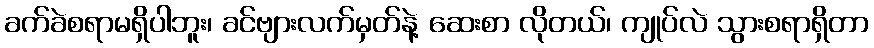
ခက်ခဲစရာမရှိပါဘူး၊ ခင်ဗျားလက်မှတ်နဲ့ ဆေးစာ လိုတယ်၊ ကျုပ်လဲ သွားစရာရှိတာ